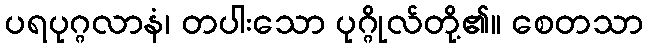
ပရပုဂ္ဂလာနံ၊ တပါးသော ပုဂ္ဂိုလ်တို့၏။ စေတသာ